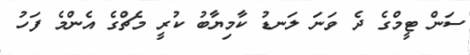
ސަން ޓީމްގެ ދެ ވަނަ ލަނޑު ކާމިޔާބު ކުރީ މެޗްގެ އެންމެ ފަހު